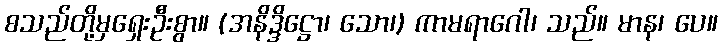
စသည်တို့မှရှေးဦးစွာ။ (အနိဒ္ဒိဋ္ဌော၊ သော၊) ကာမရာဂေါ၊ သည်။ မာန၊ ပေ။